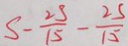
S - \frac { 2 5 } { 1 5 } - \frac { 2 5 } { 1 5 }